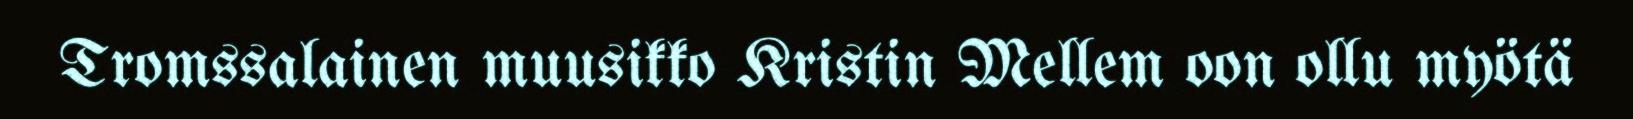
Tromssalainen muusikko Kristin Mellem oon ollu myötä